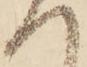
へ